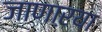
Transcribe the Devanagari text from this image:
जाणाऱया